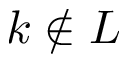
k \not \in L